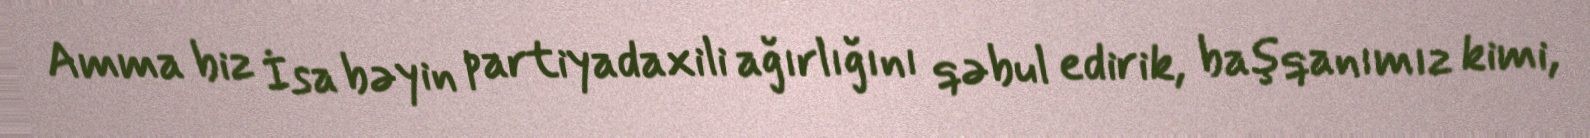
Amma biz İsa bəyin partiyadaxili ağırlığını qəbul edirik, başqanımız kimi,